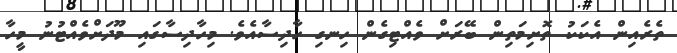
ތެރެއިން އެކަކު ތޮށިމަތިން ބޭރަށް ވެއްޓިގެން ހިނގި ހާދިސާއެވެ. މިހާދިސާގައި މޫދަށްވެއްޓުނު މީހާ